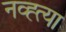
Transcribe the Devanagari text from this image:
नव्ह्त्या